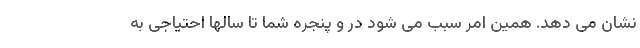
نشان می دهد. همین امر سبب می شود در و پنجره شما تا سالها احتیاجی به